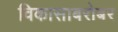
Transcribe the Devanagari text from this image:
विकासाबरोबर